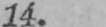
14.